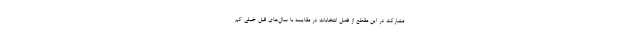
مشارکت در این مقطع از فصل انتخابات در مقایسه با سال‌های قبل خیلی کم